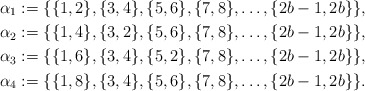
\begin{align*}\alpha_1:=\{\{1,2\},\{3,4\},\{5,6\},\{7,8\},\ldots,\{2b-1,2b\}\},\\\alpha_2:=\{\{1,4\},\{3,2\},\{5,6\},\{7,8\},\ldots,\{2b-1,2b\}\},\\\alpha_3:=\{\{1,6\},\{3,4\},\{5,2\},\{7,8\},\ldots,\{2b-1,2b\}\},\\\alpha_4:=\{\{1,8\},\{3,4\},\{5,6\},\{7,8\},\ldots,\{2b-1,2b\}\}.\end{align*}